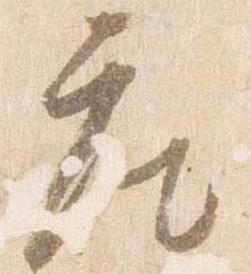
座